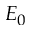
E _ { 0 }